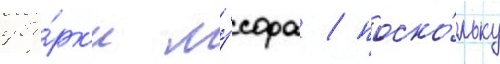
убо́рк'и му́сора / поско́льку